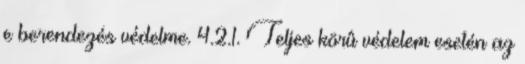
e berendezés védelme. 4.2.1. Teljes körû védelem esetén az